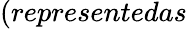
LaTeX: (representedas